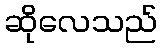
ဆိုလေသည်